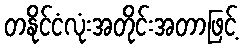
တနိုင်ငံလုံးအတိုင်းအတာဖြင့်